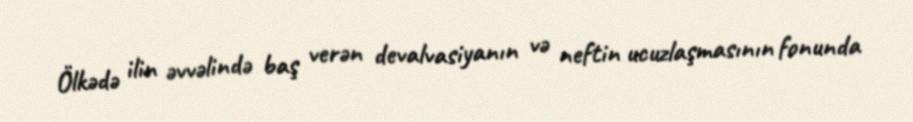
Ölkədə ilin əvvəlində baş verən devalvasiyanın və neftin ucuzlaşmasının fonunda